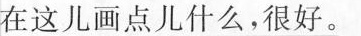
\underline{在这画点儿什么，很好。}